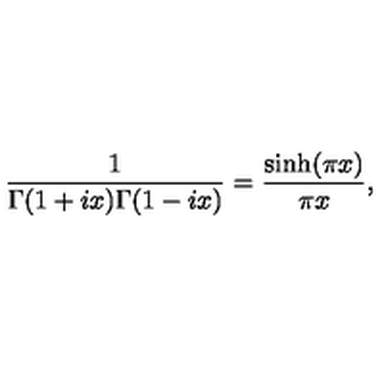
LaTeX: { \frac { 1 } { \Gamma ( 1 + i x ) \Gamma ( 1 - i x ) } } = { \frac { \sinh ( \pi x ) } { \pi x } } ,